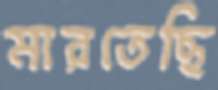
মারতেছি